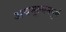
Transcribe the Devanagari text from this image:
अवमूल्यनपूर्ण